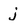
Character: j